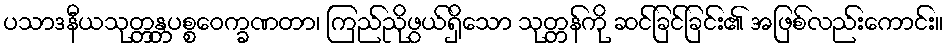
ပသာဒနီယသုတ္တန္တပစ္စဝေက္ခဏတာ၊ ကြည်ညိုဖွယ်ရှိသော သုတ္တန်ကို ဆင်ခြင်ခြင်း၏ အဖြစ်လည်းကောင်း။